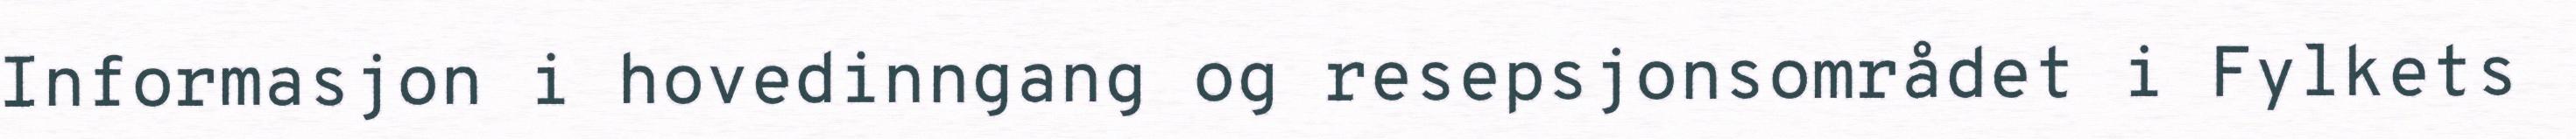
Informasjon i hovedinngang og resepsjonsområdet i Fylkets